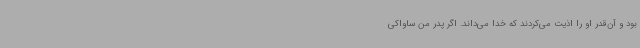
بود و آن‌قدر او را اذیت می‌کردند که خدا می‌داند. اگر پدر من ساواکی